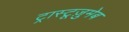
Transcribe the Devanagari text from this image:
ट्रास्टूज़ुमेब